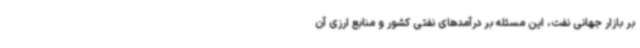
بر بازار جهانی نفت، این مسئله بر درآمدهای نفتی کشور و منابع ارزی آن